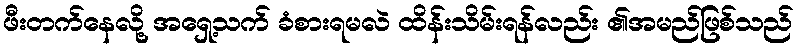
ဖီးတက်နေလို့ အရှေ့သက် ခံစားရမလဲ ထိန်းသိမ်းရန်လည်း ၏အမည်ဖြစ်သည်